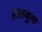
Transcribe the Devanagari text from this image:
हातगुण